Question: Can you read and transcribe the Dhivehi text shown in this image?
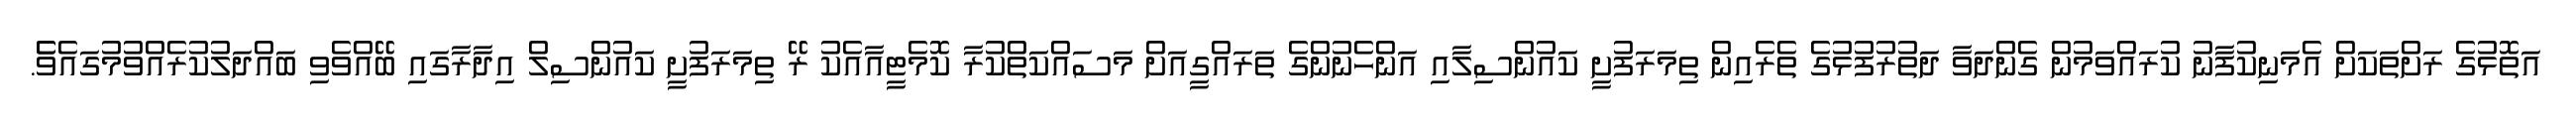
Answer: އަތޮޅުގެ ރަށްތަކަށް އެމަނިކުފާނު ކުރައްވަމުން ގެންދަވާ ދަތުރުފުޅުގެ ތެރެއިން ތިމަރަފުށީ ކައުންސިލާއި އަންހެނުންގެ ތަރައްގީއަށް މަސައްކަތްކުރާ ކޮމެޓީއާއެކު ރޭ ތިމަރަފުށީ ކައުންސިލް އިދާރާގައި ބޭއްވެވި ބައްދަލުކުރެއްވުމުގައެވެެ.